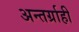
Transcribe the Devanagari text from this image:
अन्तर्ग्राही